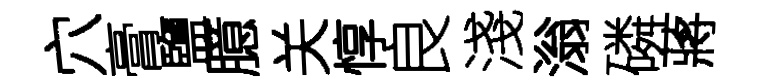
穴膏鹽臆关惇良淺滃磷蔣